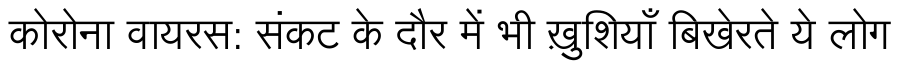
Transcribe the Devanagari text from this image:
कोरोना वायरस: संकट के दौर में भी ख़ुशियाँ बिखेरते ये लोग